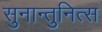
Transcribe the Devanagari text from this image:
सुनान्तुनित्स